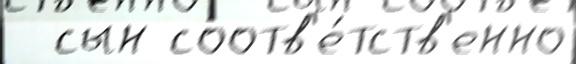
  сын соотв'е́тств'енно